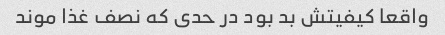
واقعا کیفیتش بد بود در حدی که نصف غذا موند